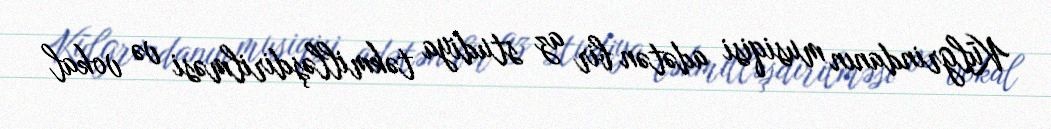
Kūlgrindanın musiqisi adətən bir az studiya təkmilləşdirilməsi və vokal